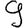
Digit: 9